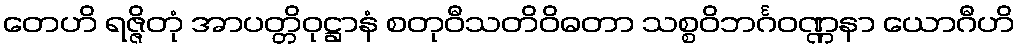
တေဟိ ရဇ္ဇိတုံ အာပတ္တိဝုဋ္ဌာနံ စတုဝီသတိဝိဓတာ သစ္စဝိဘင်္ဂဝဏ္ဏနာ ယောဂီဟိ